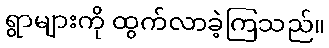
ရွာများကို ထွက်လာခဲ့ကြသည်။